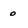
Character: 0